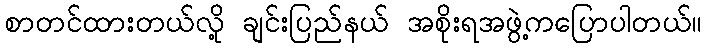
စာတင်ထားတယ်လို့ ချင်းပြည်နယ် အစိုးရအဖွဲ့ကပြောပါတယ်။